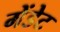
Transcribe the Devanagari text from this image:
मेंडेट